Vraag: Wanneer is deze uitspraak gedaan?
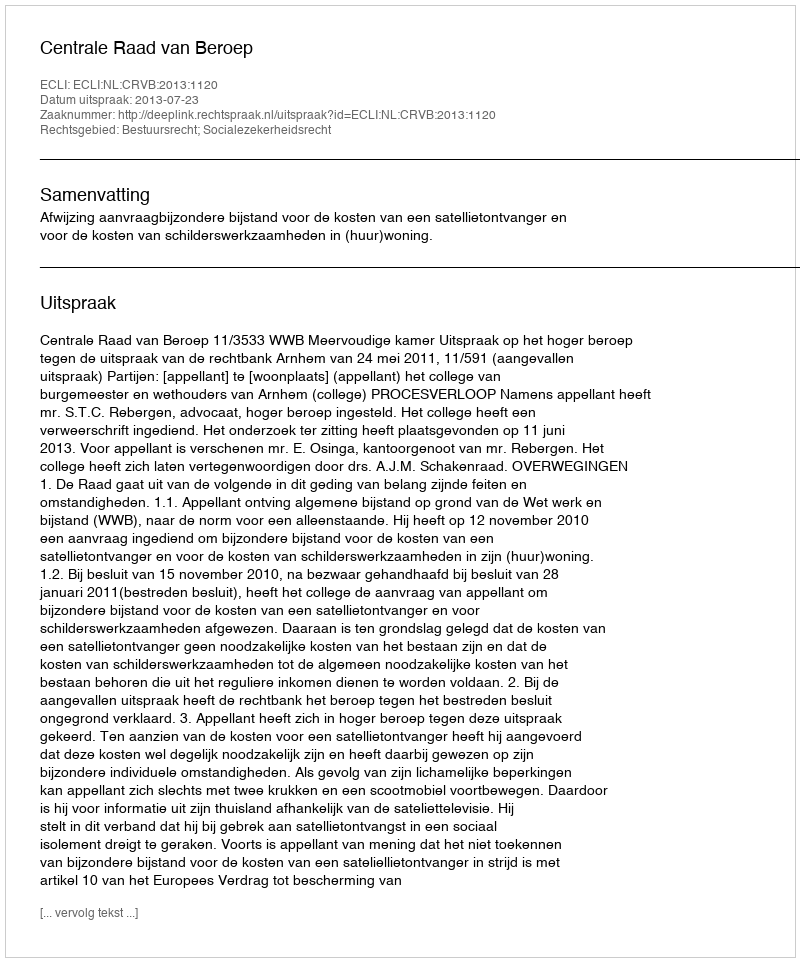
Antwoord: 2013-07-23